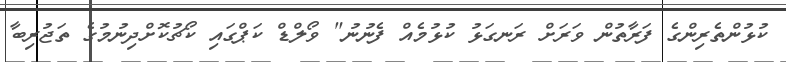
ކުޅުންތެރިންގެ ފަރާތުން ވަރަށް ރަނގަޅު ކުޅުމެއް ފެނުނު" ވޯލްޑް ކަޕްގައި ކޯޗުކޮށްދިނުމުގެ ތަޖުރިބާ